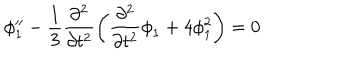
LaTeX: \phi _ { 1 } ^ { \prime \prime } - \frac { 1 } { 3 } \frac { \partial ^ { 2 } } { \partial t ^ { 2 } } \left( \frac { \partial ^ { 2 } } { \partial t ^ { 2 } } { \phi } _ { 1 } + 4 \phi _ { 1 } ^ { 2 } \right) = 0